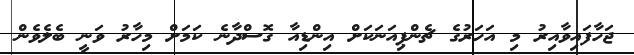
ޖަހާފައިވާއިރު މި އަހަރުގެ ޗެންޕިއަނަކަށް އިންޑިއާ ގޮސްދާނެ ކަމަށް މިހާރު ވަނީ ބެލެވެން